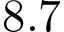
8 . 7